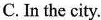
C.In the city.